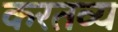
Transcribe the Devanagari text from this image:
करतव्य